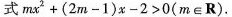
式$$m x^{2} + ( 2m - 1 ) x - 2 > 0(m \in \mathbf{R}) (meR)$$.